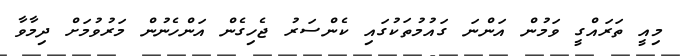
މިއީ ތަރައްގީ ވަމުން އަންނަ ގައުމުތަކުގައި ކެންސަރު ޖެހިގެން އަންހެނުން މަރުވުމަށް ދިމާވާ